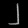
Digit: ၂